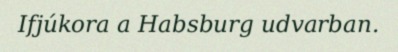
Ifjúkora a Habsburg udvarban.